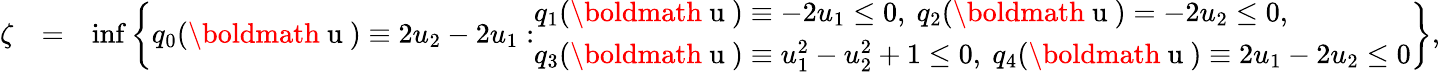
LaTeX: \begin{array}{rlr}{\zeta}&{=}&{\operatorname*{inf}\left\{ q_{0}(\mathrm{\boldmath~u~})\equiv 2u_{2}-2u_{1}:\begin{array}{l}{q_{1}(\mathrm{\boldmath~u~})\equiv-2u_{1}\leq 0,\ q_{2}(\mathrm{\boldmath~u~})=-2u_{2}\leq 0,}\\ {q_{3}(\mathrm{\boldmath~u~})\equiv u_{1}^{2}-u_{2}^{2}+1\leq 0,\ q_{4}(\mathrm{\boldmath~u~})\equiv 2u_{1}-2u_{2}\leq 0}\end{array}\right\} ,}\end{array}